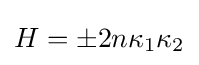
H=\pm 2n\kappa _{1}\kappa _{2}